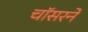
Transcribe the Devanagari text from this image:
चॉसरने